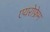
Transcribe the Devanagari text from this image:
एयरोफ्रेम